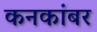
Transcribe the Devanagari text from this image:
कनकांबर